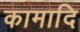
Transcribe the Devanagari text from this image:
कामादि